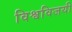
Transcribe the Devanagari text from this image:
विश्वविजयी